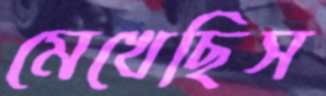
মেখেছিস